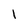
Character: I